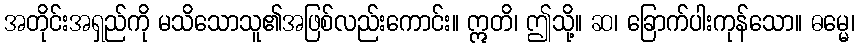
အတိုင်းအရှည်ကို မသိသောသူ၏အဖြစ်လည်းကောင်း။ ဣတိ၊ ဤသို့။ ဆ၊ ခြောက်ပါးကုန်သော။ ဓမ္မေ၊